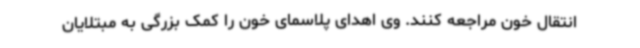
انتقال خون مراجعه کنند. وی اهدای پلاسمای خون را کمک بزرگی به مبتلایان